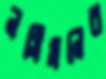
নসিমনের